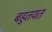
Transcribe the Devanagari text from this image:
बहुतयत